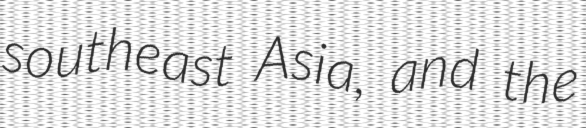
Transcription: southeast Asia, and the